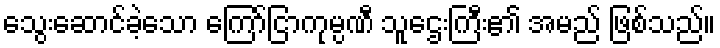
သွေးဆောင်ခဲ့သော ကြော်ငြာကုမ္ပဏီ သူဌေးကြီး၏ အမည် ဖြစ်သည်။